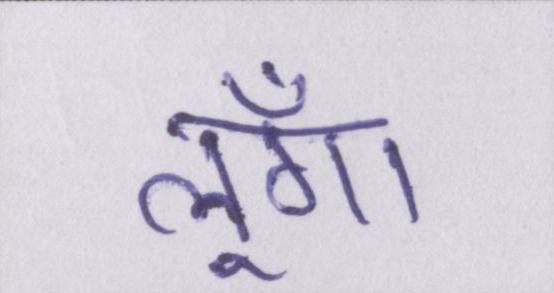
लूँगा